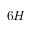
6 H